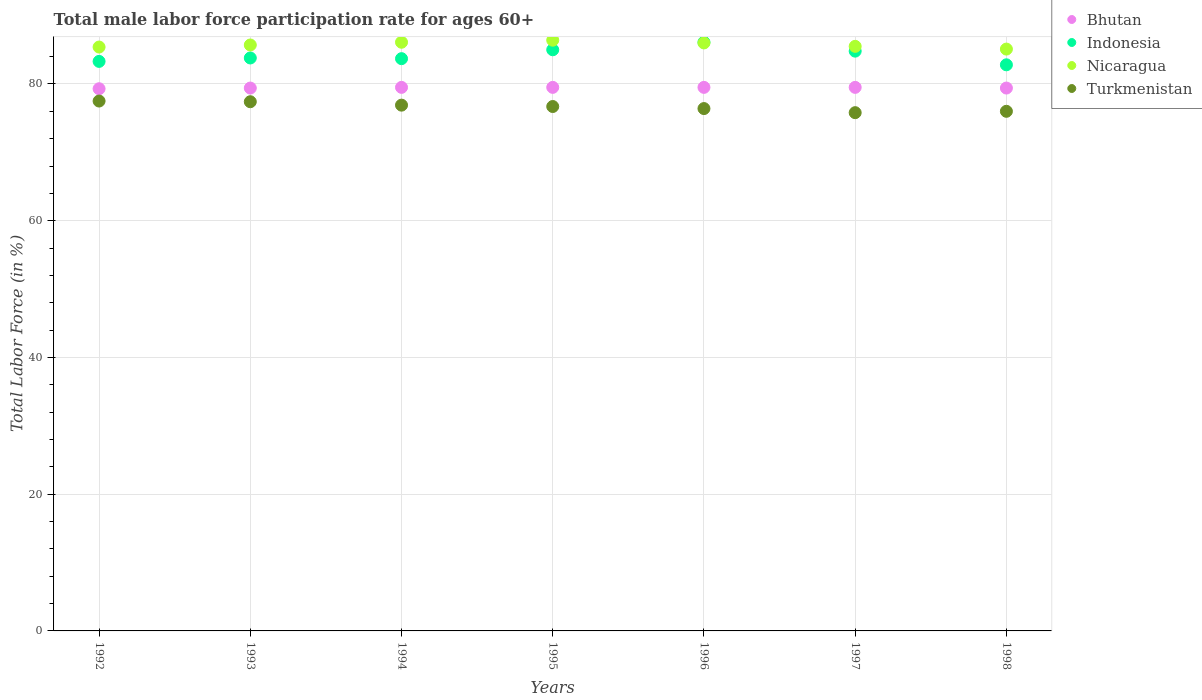
| Years | Bhutan | Indonesia | Nicaragua | Turkmenistan |
 | --- | --- | --- | --- | --- |
 | 1992 | 79.3 | 83.3 | 85.4 | 77.5 |
 | 1993 | 79.4 | 83.8 | 85.7 | 77.4 |
 | 1994 | 79.5 | 83.7 | 86.1 | 76.9 |
 | 1995 | 79.5 | 85 | 86.4 | 76.7 |
 | 1996 | 79.5 | 86.1 | 86 | 76.4 |
 | 1997 | 79.5 | 84.8 | 85.5 | 75.8 |
 | 1998 | 79.4 | 82.8 | 85.1 | 76 |